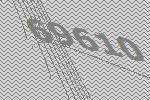
69610